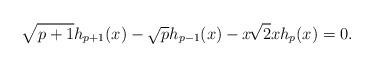
LaTeX: \begin{align*}\sqrt{p+1} h_{p+1}(x) - \sqrt{p}h_{p-1}(x) - x\!\sqrt{2} x h_{p}(x) = 0.\end{align*}